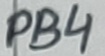
Text: PB4